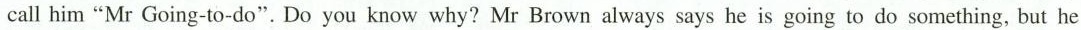
call him"Mr Going-to-do". Do you know why? Mr Brown always says he is going to do something,but he